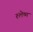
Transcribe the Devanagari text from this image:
श्‍लेष्म